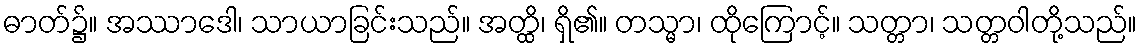
ဓာတ်၌။ အဿာဒေါ၊ သာယာခြင်းသည်။ အတ္ထိ၊ ရှိ၏။ တသ္မာ၊ ထိုကြောင့်။ သတ္တာ၊ သတ္တဝါတို့သည်။